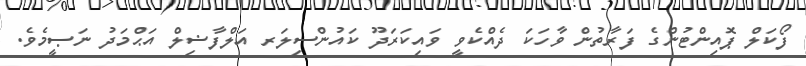
ފޯކަލް ޕޮއިންޓުންގެ ފަރާތުން ވާހަކަ ދެއްކެވީ ވައިކަރަދޫ ކައުންސިލަރ އަލްފާޟިލް އަޙްމަދު ނަޞީމެވެ.